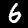
Digit: 6